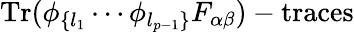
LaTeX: \mathrm{Tr}(\phi_{\{ l_{1}}\cdots\phi_{l_{p-1}\} }F_{\alpha\beta})-\mathrm{traces}